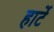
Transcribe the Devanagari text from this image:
हार्टे